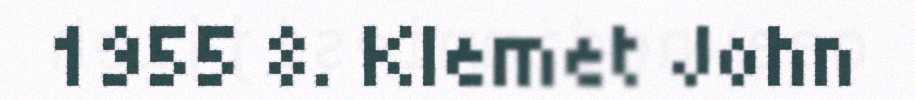
1955 8. Klemet John